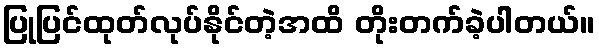
ပြုပြင်ထုတ်လုပ်နိုင်တဲ့အထိ တိုးတက်ခဲ့ပါတယ်။